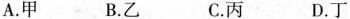
A.甲 B.乙 C.丙 D.丁